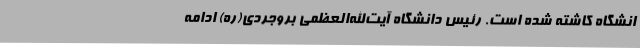
انشگاه کاشته شده است. رئیس دانشگاه آیت‌الله‌العظمی بروجردی(ره) ادامه